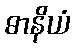
ဓာနိယံ